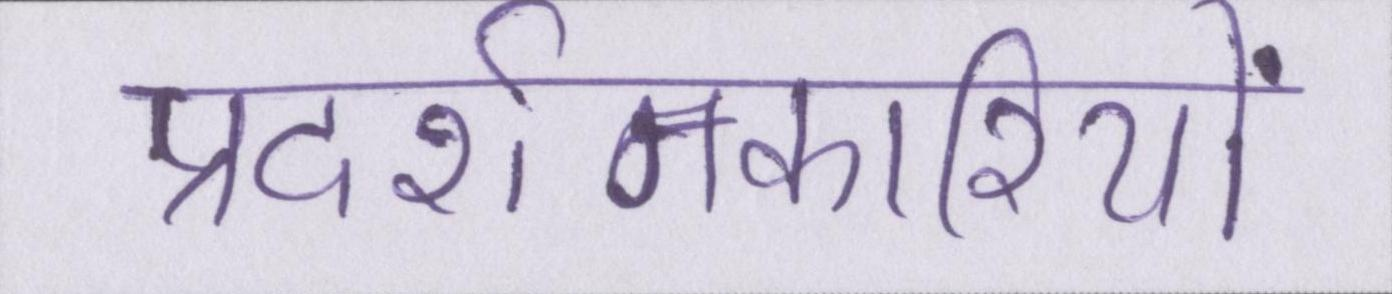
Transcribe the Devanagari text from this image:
प्रदर्शनकारियों